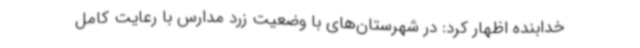
خدابنده اظهار کرد: در شهرستان‌های با وضعیت زرد مدارس با رعایت کامل